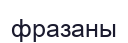
фразаны